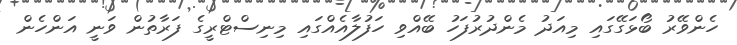
ހެންވޭރު ބޯޅަގޭގައި މިއަދު މެންދުރުފަހު ބޭއްވި ހަފުލާއެއްގައި މިނިސްޓްރީގެ ފަރާތުން ވަނީ އަންހެން